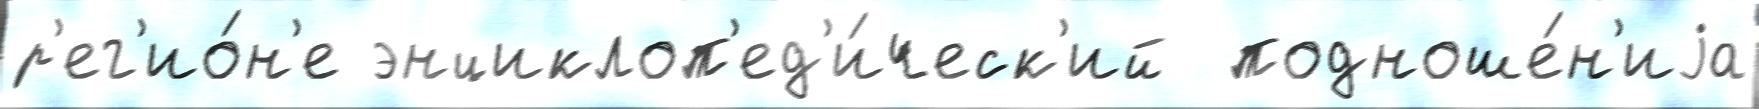
р'ег'ио́н'е энциклоп'ед'и́ческ'ий  подноше́н'иjа